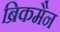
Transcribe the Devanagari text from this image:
ब्रिकमैन